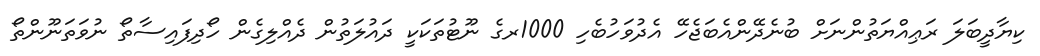
ކިޔާދީބަލަ ރަޢިއްޔަތުންނަށް ބުނެދޭންއެބަޖެހޭ އެދުވަހުބެހި 1000ރގެ ނޫޓުތަކަކީ ދައުލަތުން ދެއްލިގެން ހޯދިފައިސާތޯ ނުވަތަނޫންތޯ